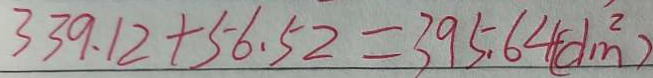
3 3 9 . 1 2 + 5 6 . 5 2 = 3 9 5 . 6 4 ( d m ^ { 2 } )